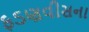
ફડણવીસના